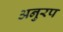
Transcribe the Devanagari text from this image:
अनुरप